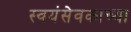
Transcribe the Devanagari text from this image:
स्वयंसेवकाच्या